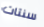
سنتات